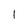
Character: l